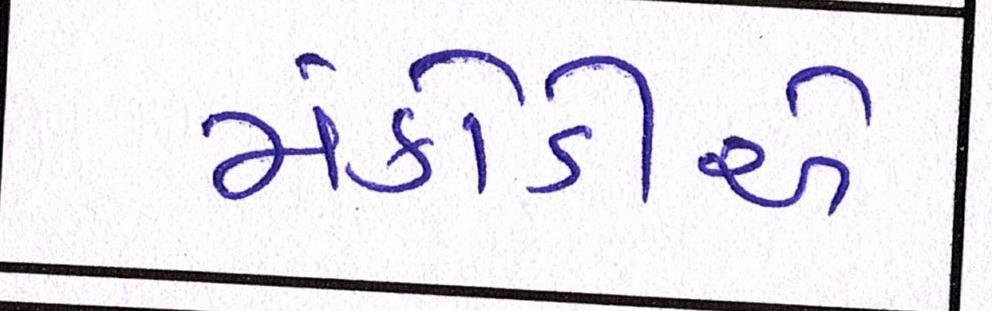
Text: મંકોડીએ